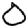
Digit: 0